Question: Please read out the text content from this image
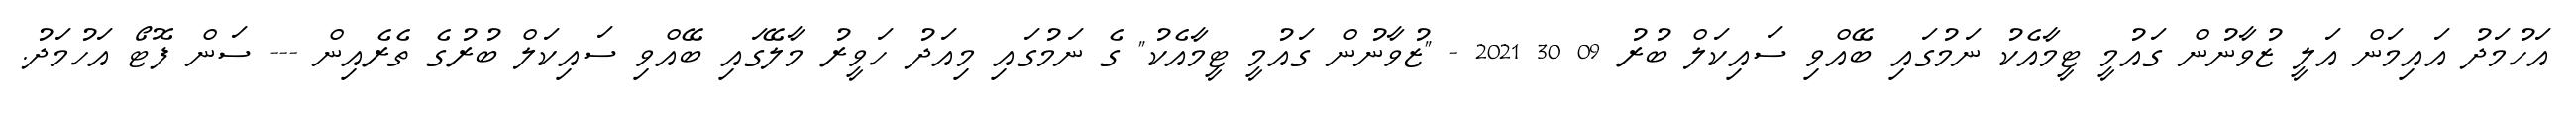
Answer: އަހުމަދު އައިމަން އަލީ ޒުވާނުން ގައުމީ ޓީމާއެކު ނަމުގައި ބޭއްވި ސައިކަލް ބުރު 09 30 2021 - "ޒުވާނުން ގައުމީ ޓީމާއެކު" ގެ ނަމުގައި މިއަދު ހަވީރު މާލޭގައި ބޭއްވި ސައިކަލް ބުރުގެ ތެރެއިން --- ސަން ފޮޓޯ އަހުމަދު.